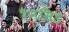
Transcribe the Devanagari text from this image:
रैनसिड